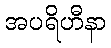
အပရိဟီနာ